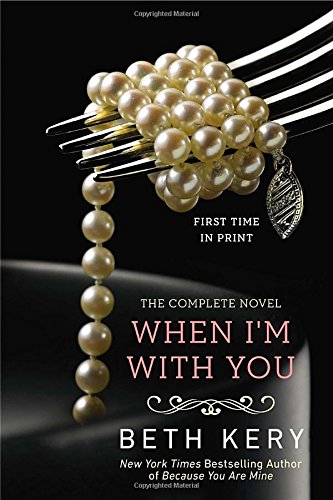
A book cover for When I'm with You: A Because You Are Mine Novel (Because You Are Mine Series); Beth Kery; Romance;